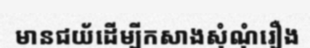
មានជយ័ដើម្បីកសាងសុំណុំរឿង